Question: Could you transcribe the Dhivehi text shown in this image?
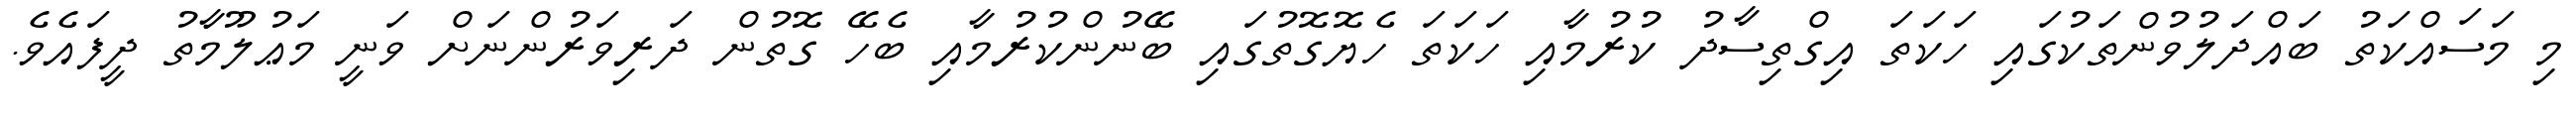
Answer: މި މަސައްކަތު ބައްދަލުވުންތަކުގައި ހަކަތަ އިގްތިސާދު ކުރުމާއި ހަކަތަ ހެޔޮގޮތުގައި ބޭނުންކުރުމާއި ބެހޭ ގޮތުން ދަރިވަރުންނަށް ވަނީ މަޢުލޫމާތު ދީފައެވެ.